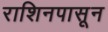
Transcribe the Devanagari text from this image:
राशिनपासून